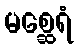
မစ္ဆေရံ